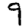
Digit: 9